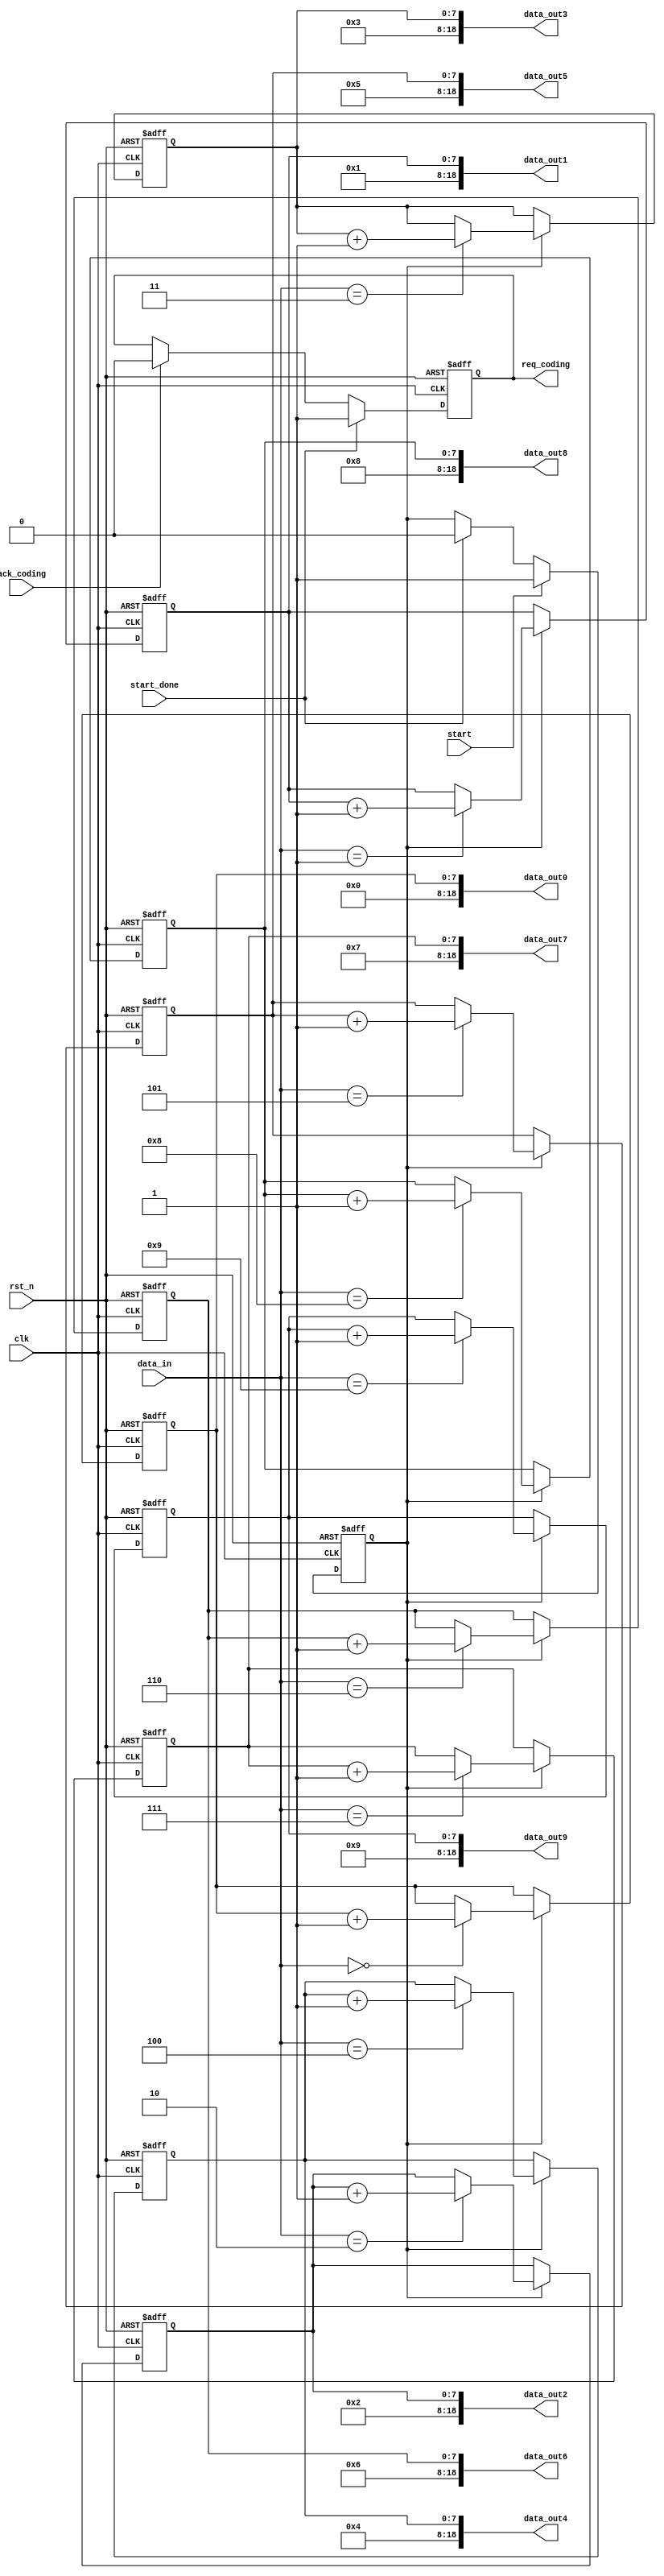
module freqcount(
  input               clk,
  input               rst_n,
  input               start,             // pulse signal
  input               start_done,        // along with the last data_in, pulse signal
  input       [3:0]   data_in,
  input               ack_coding,       // return signal of huffman coding module
  output reg          req_coding,       // request signal of huffman coding module
  output wire [18:0]  data_out0,
  output wire [18:0]  data_out1,
  output wire [18:0]  data_out2,
  output wire [18:0]  data_out3,
  output wire [18:0]  data_out4,
  output wire [18:0]  data_out5,
  output wire [18:0]  data_out6,
  output wire [18:0]  data_out7,
  output wire [18:0]  data_out8,
  output wire [18:0]  data_out9
  );

  reg  processing;

  always @(posedge clk or negedge rst_n) begin
    if (~rst_n)
      processing  <=  1'b0;
    else if (start)
      processing  <=  1'b1;
    else if (start_done)
      processing  <=  1'b0;
  end

  reg  [7:0] data_mem [0:9];

  integer i;
  always @(posedge clk or negedge rst_n) begin
    if (~rst_n) begin
      for (i = 0; i < 10; i = i + 1) begin
        data_mem[i] <=  8'b0;
      end
    end else if (processing) begin
      case(data_in)
      4'b0000:  data_mem[0] <=  data_mem[0] + 1;
      4'b0001:  data_mem[1] <=  data_mem[1] + 1;
      4'b0010:  data_mem[2] <=  data_mem[2] + 1;
      4'b0011:  data_mem[3] <=  data_mem[3] + 1;
      4'b0100:  data_mem[4] <=  data_mem[4] + 1;
      4'b0101:  data_mem[5] <=  data_mem[5] + 1;
      4'b0110:  data_mem[6] <=  data_mem[6] + 1;
      4'b0111:  data_mem[7] <=  data_mem[7] + 1;
      4'b1000:  data_mem[8] <=  data_mem[8] + 1;
      4'b1001:  data_mem[9] <=  data_mem[9] + 1;
      default:  ;
      endcase
    end
  end

  always @(posedge clk or negedge rst_n) begin
    if (~rst_n)
      req_coding  <=  1'b0;
    else if (start_done)
      req_coding  <=  1'b1;
    else if (ack_coding)
      req_coding  <=  1'b0;
  end

  assign data_out0 = {6'b0, 5'd0, data_mem[0]};
  assign data_out1 = {6'b0, 5'd1, data_mem[1]};
  assign data_out2 = {6'b0, 5'd2, data_mem[2]};
  assign data_out3 = {6'b0, 5'd3, data_mem[3]};
  assign data_out4 = {6'b0, 5'd4, data_mem[4]};
  assign data_out5 = {6'b0, 5'd5, data_mem[5]};
  assign data_out6 = {6'b0, 5'd6, data_mem[6]};
  assign data_out7 = {6'b0, 5'd7, data_mem[7]};
  assign data_out8 = {6'b0, 5'd8, data_mem[8]};
  assign data_out9 = {6'b0, 5'd9, data_mem[9]};

endmodule